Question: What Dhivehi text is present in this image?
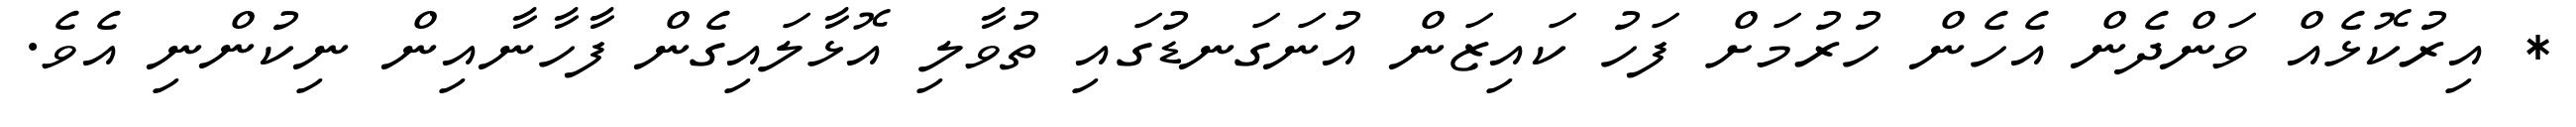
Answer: * އިރުކޮޅެއް ވަންދެން އެހެން ހުރުމަށް ފަހު ކައިޒަން އުނަގަނޑުގައި ތުވާލި އޮޅާލައިގެން ފާހާނާއިން ނިކުންނި އެވެ.